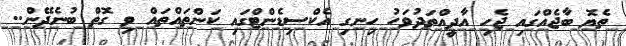
ތެޔޮ ބާޖެއްގައި ޖެހި އާދީއްތަދުވަހު ހިނގި އެކްސިޑެންޓްގައި ކަންތައްތައް ވި ގޮތް ބުނެދޭން..